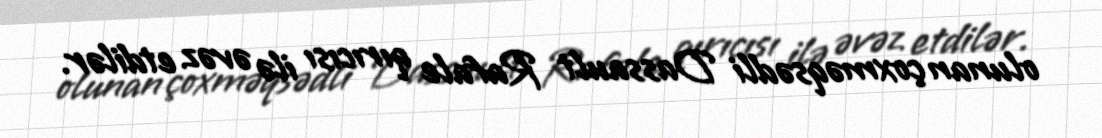
olunan çoxməqsədli Dassault Rafale qırıcısı ilə əvəz etdilər.